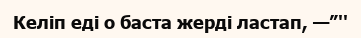
Келіп еді о баста жерді ластап, —”''